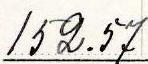
152.57